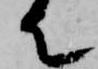
て